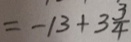
= - 1 3 + 3 \frac { 3 } { 4 }